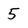
Character: 5